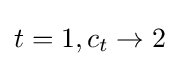
t=1,c_{t}\to 2